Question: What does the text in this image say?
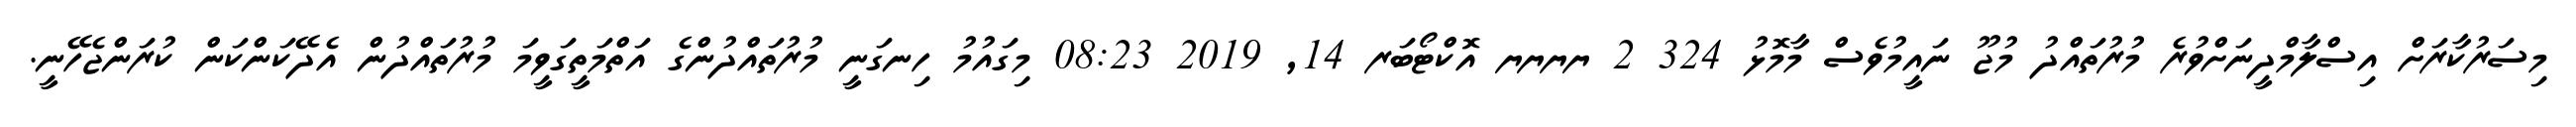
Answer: މިސަރުކާރަށް އިސްލާމްދީނަށްވުރެ މުރުތައްދު މުޖޫ ނައީމުވެސް މާމޮޅު 324 2 ޔޔޔޔ އޮކްޓޯބަރ 14, 2019 08:23 މިގައުމު ހިނގަނީ މުރުތައްދުންގެ އަތްމަތީގަވީމަ މުރުތައްދުން އެދޭކަންކަން ކުރަންޖެހޭނީ.